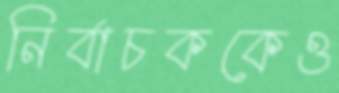
নির্বাচককেও